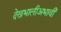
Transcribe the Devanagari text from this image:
देखभालीअभावी